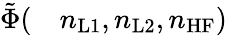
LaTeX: \begin{array}{rl}{\tilde{\Phi}(}&{{}n_{\mathrm{L1}},n_{\mathrm{L2}},n_{\mathrm{HF}})}\end{array}